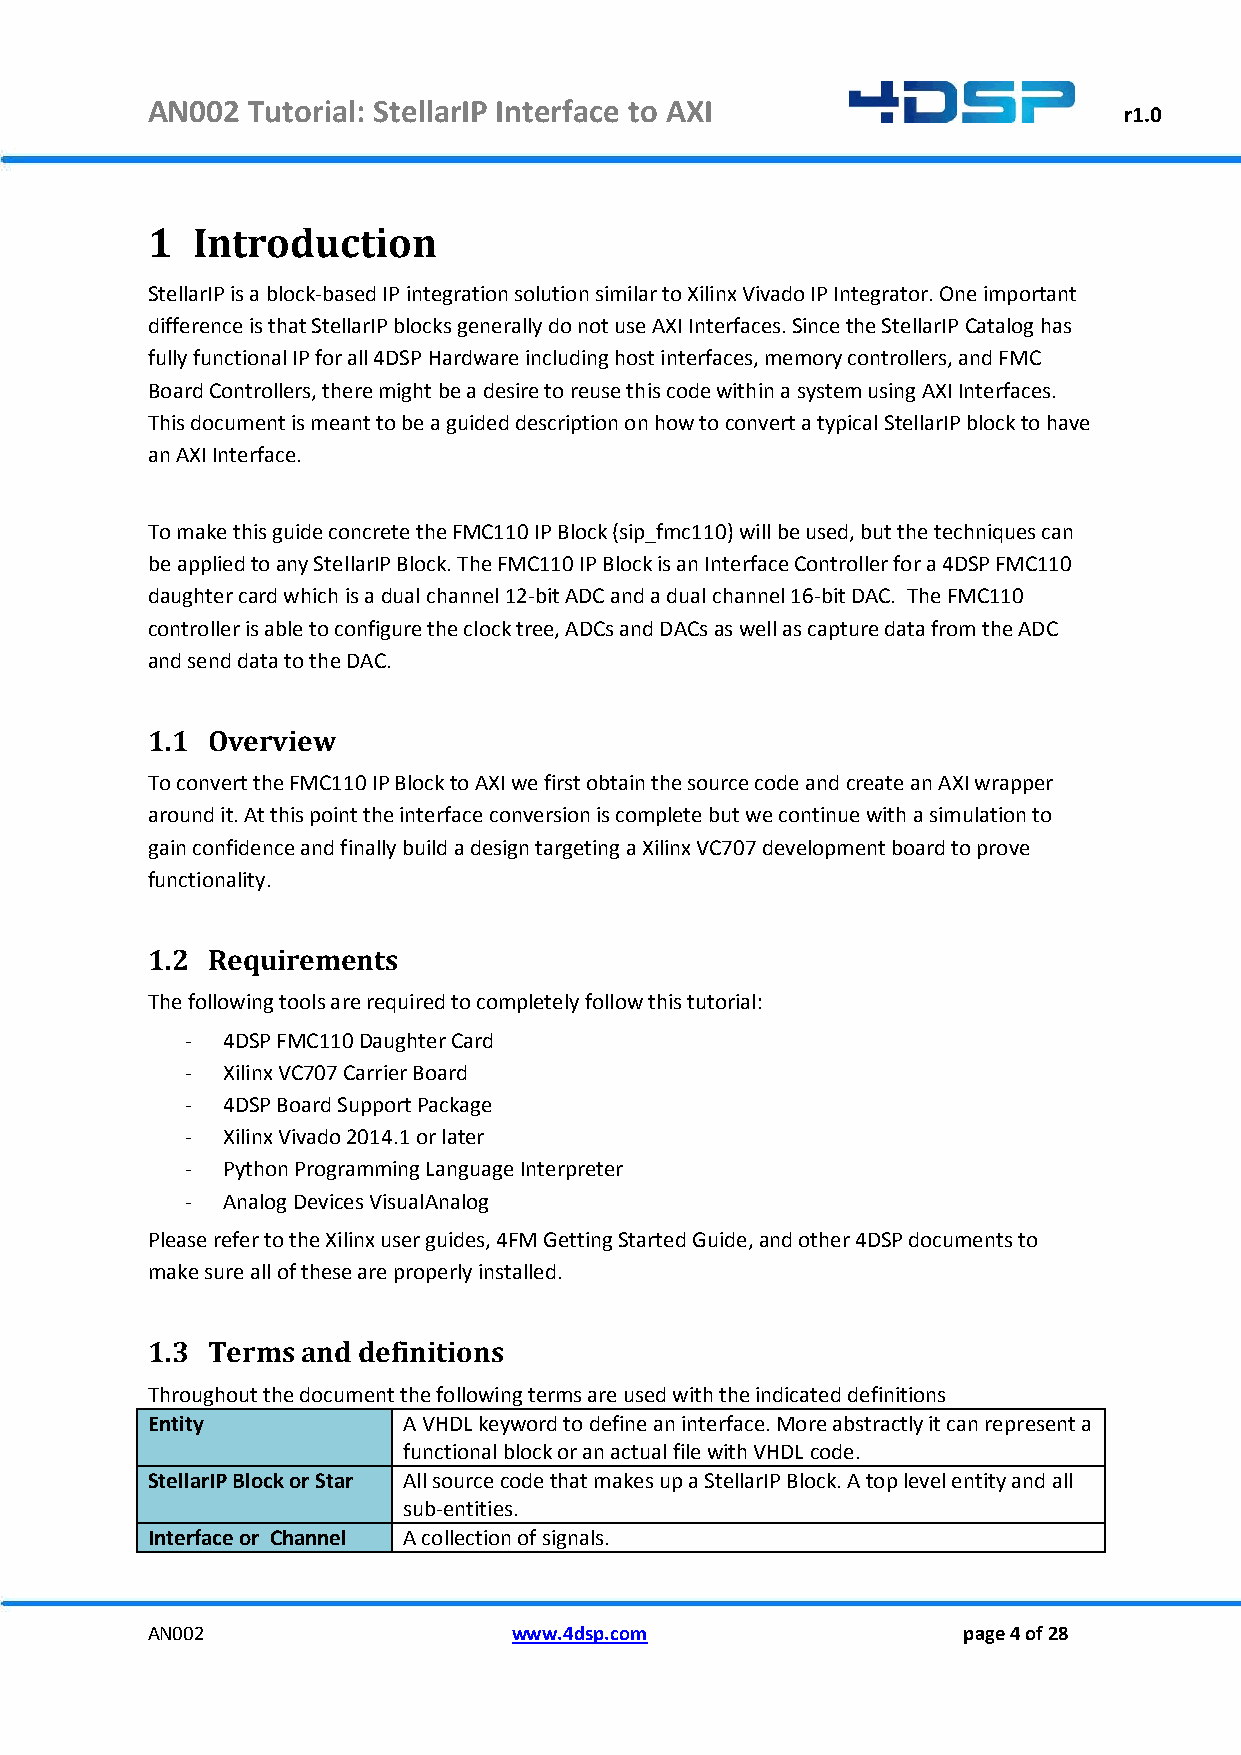
AN002 Tutorial: StellarIP Interface to AXI
 r1.0
 1  Introduction
 StellarIP is a block-based IP integration solution similar to Xilinx Vivado IP Integrator. One important
 difference is that StellarIP blocks generally do not use AXI Interfaces. Since the StellarIP Catalog has
 fully functional IP for all 4DSP Hardware including host interfaces, memory controllers, and FMC
 Board Controllers, there might be a desire to reuse this code within a system using AXI Interfaces.
 This document is meant to be a guided description on how to convert a typical StellarIP block to have
 an AXI Interface.
 To make this guide concrete the FMC110 IP Block (sip_fmc110) will be used, but the techniques can
 be applied to any StellarIP Block. The FMC110 IP Block is an Interface Controller for a 4DSP FMC110
 daughter card which is a dual channel 12-bit ADC and a dual channel 16-bit DAC. The FMC110
 controller is able to configure the clock tree, ADCs and DACs as well as capture data from the ADC
 and send data to the DAC.
 1.1 Overview
 To convert the FMC110 IP Block to AXI we first obtain the source code and create an AXI wrapper
 around it. At this point the interface conversion is complete but we continue with a simulation to
 gain confidence and finally build a design targeting a Xilinx VC707 development board to prove
 functionality.
 1.2 Requirements
 The following tools are required to completely follow this tutorial:
 -  4DSP FMC110 Daughter Card
 -  Xilinx VC707 Carrier Board
 -  4DSP Board Support Package
 -  Xilinx Vivado 2014.1 or later
 -  Python Programming Language Interpreter
 -  Analog Devices VisualAnalog
 Please refer to the Xilinx user guides, 4FM Getting Started Guide, and other 4DSP documents to
 make sure all of these are properly installed.
 1.3 Terms and definitions
 Throughout the document the following terms are used with the indicated definitions
 Entity           A VHDL keyword to define an interface. More abstractly it can represent a
 functional block or an actual file with VHDL code.
 StellarIP Block or Star All source code that makes up a StellarIP Block. A top level entity and all
 sub-entities.
 Interface or Channel A collection of signals.
 AN002                   www.4dsp.com                  page 4 of 28